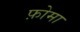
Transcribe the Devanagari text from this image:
फ़ोमा